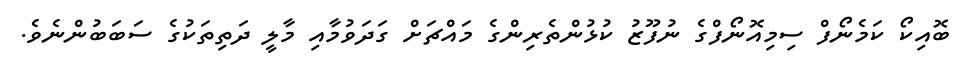
ބޮއިކޯ ކަމެނޯފް ސިމިއޮނޯފްގެ ނުފޫޒު ކުޅުންތެރިންގެ މައްޗަށް ގަދަވުމާއި މާލީ ދަތިތަކުގެ ސަބަބުންނެވެ.